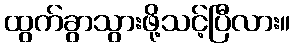
ထွက်ခွာသွားဖို့သင့်ပြီလား။